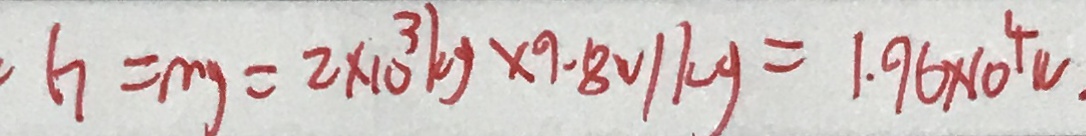
G = m g = 2 \times 1 0 ^ { 3 } k g \times 9 . 8 N / k g = 1 . 9 6 \times 1 0 ^ { 4 } W .